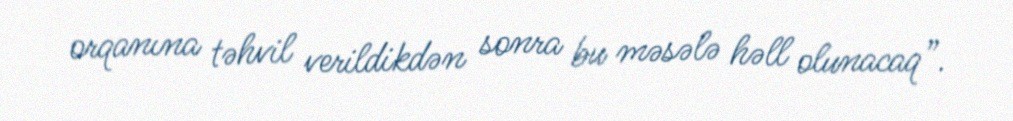
orqanına təhvil verildikdən sonra bu məsələ həll olunacaq”.